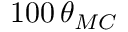
1 0 0 \, \theta _ { M C }